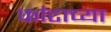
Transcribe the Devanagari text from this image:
फांटाच्या